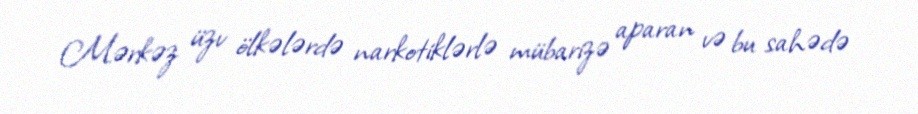
Mərkəz üzv ölkələrdə narkotiklərlə mübarizə aparan və bu sahədə